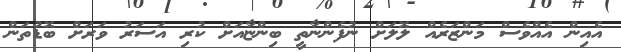
އެއިން އެއްވެސް މަންޒަރެއް ލޮލަށް ނުފެންނާތީ ބިންޏާއަށް ކުރި އަސަރު ވަރަށް ބޮޑުތަން